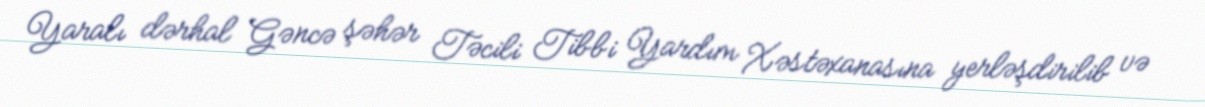
Yaralı dərhal Gəncə şəhər Təcili Tibbi Yardım Xəstəxanasına yerləşdirilib və